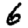
Digit: 6